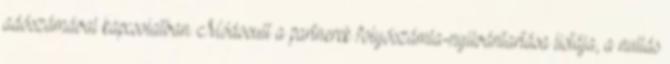
adószámával kapcsolatban. Módosult a partnerek folyószámla-nyilvántartása listája, a nullás